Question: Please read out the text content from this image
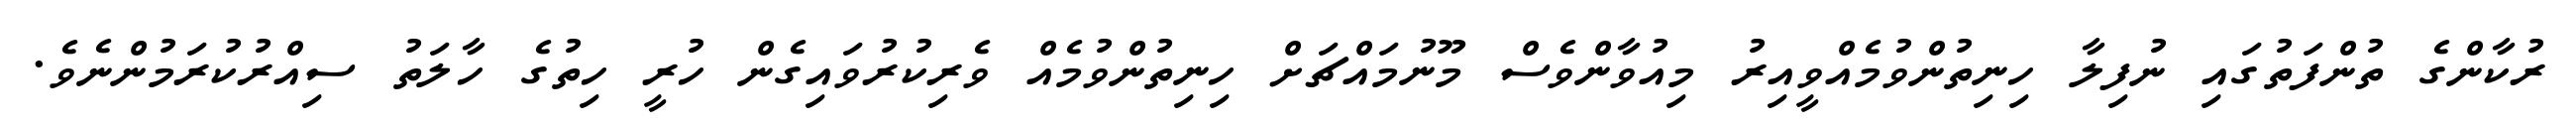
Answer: ރުކާންގެ ތުންފަތުގައި ނުފިލާ ހިނިތުންވުމެއްވީއިރު މިއުވާންވެސް މޫނުމައްޗަށް ހިނިތުންވުމެއް ވެރިކުރުވައިގެން ހުރީ ހިތުގެ ހާލަތު ސިއްރުކުރަމުންނެވެ.